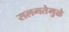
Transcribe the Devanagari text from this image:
सलगतेमुळे